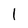
Character: 1